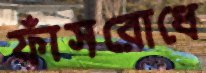
ফাঁসরোধে